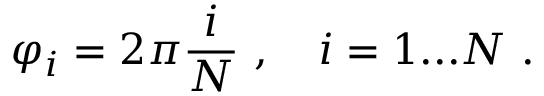
\varphi _ { i } = 2 \pi \frac { i } { N } \ , \quad i = 1 . . . N \ .